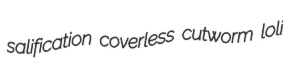
salification coverless cutworm loli